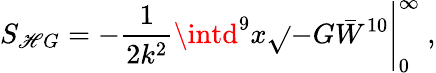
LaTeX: S_{\mathscr{H}G}=-\frac{{1}}{{2k^{2}}}\intd^{9}x\sqrt{}{{-G}}\bar{{W}}^{10}\Bigg|_{0}^{\infty}\ ,